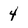
Character: 4